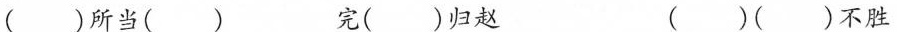
( )所当( ) 完( )归赵 ( )( )不胜